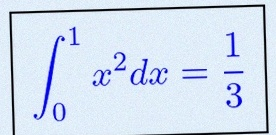
\int_0^1 x^2dx=\frac13